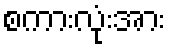
စကားလုံးအား